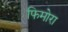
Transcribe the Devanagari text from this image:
फिमोरा